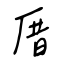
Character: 厝